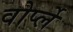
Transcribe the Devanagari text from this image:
वोर्प्ले